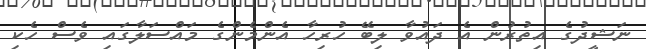
ނަޝީދުގެ އިތުރުން އެ ދައުވާ ލިބޭ ހުރިހާ އެންމެންގެ މައްސަލާގައި ވެސް ހެކި